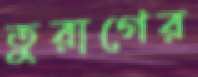
তুরাগের